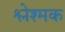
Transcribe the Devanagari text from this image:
श्लेश्मक